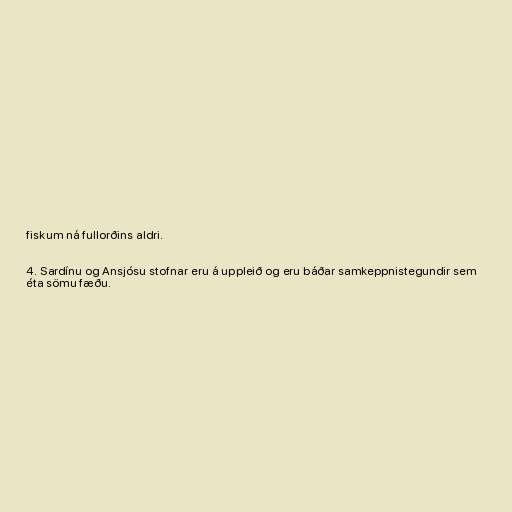
fiskum ná fullorðins aldri.

4. Sardínu og Ansjósu stofnar eru á uppleið og eru báðar samkeppnistegundir sem
éta sömu fæðu.